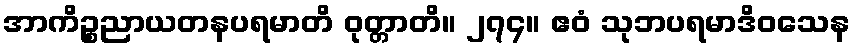
အာကိဉ္စညာယတနပရမာတိ ဝုတ္တာတိ။ ၂၇၄။ ဧဝံ သုဘပရမာဒိဝသေန